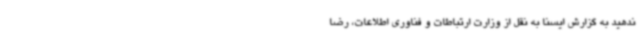
ندهید به گزارش ایسنا به نقل از وزارت ارتباطات و فناوری اطلاعات، رضا